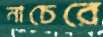
নাচেরে